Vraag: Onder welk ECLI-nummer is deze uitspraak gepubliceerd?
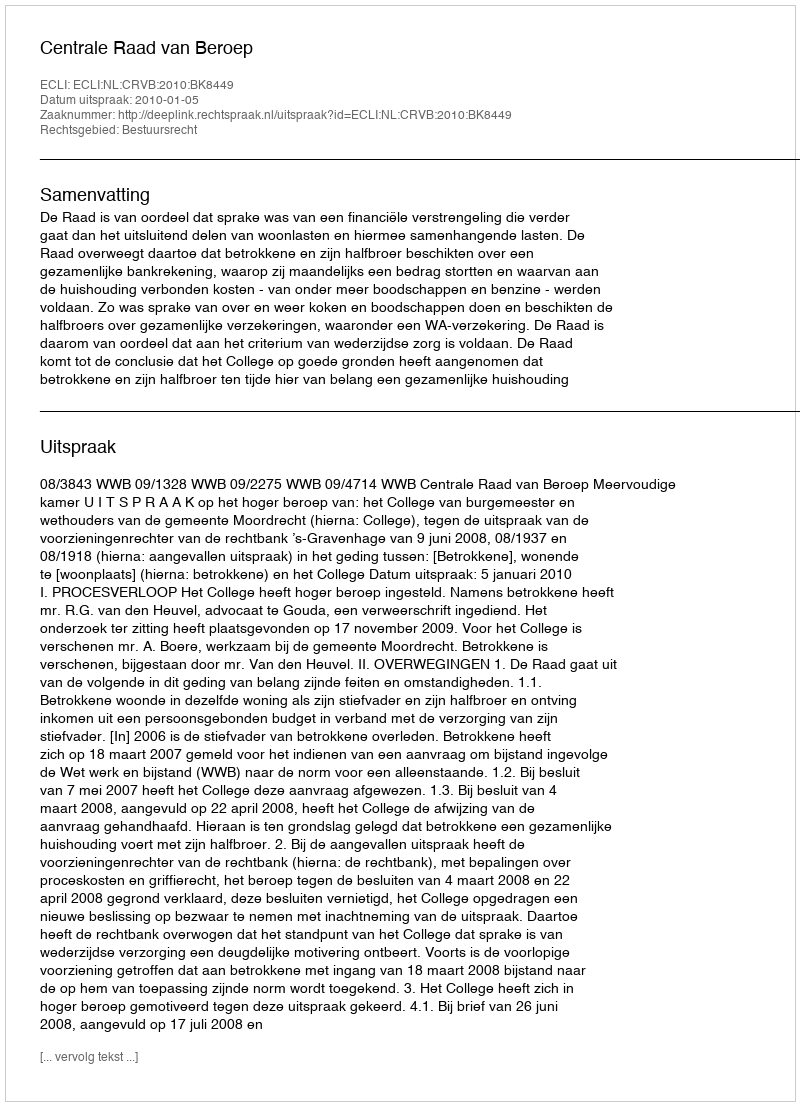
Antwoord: ECLI:NL:CRVB:2010:BK8449